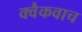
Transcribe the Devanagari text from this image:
क्वैकवाच